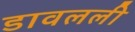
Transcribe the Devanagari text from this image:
डावलली